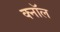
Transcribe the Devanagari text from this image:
क्नॉल